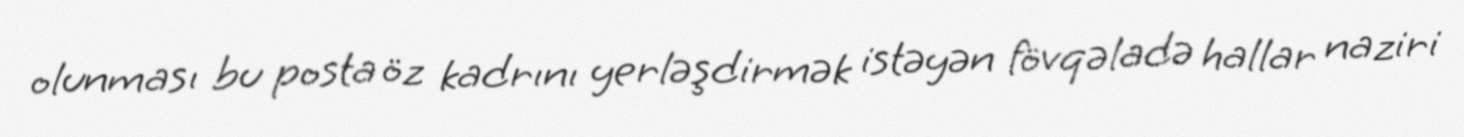
olunması bu posta öz kadrını yerləşdirmək istəyən fövqəladə hallar naziri